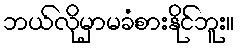
ဘယ်လိုမှာမခံစားနိုင်ဘူး။